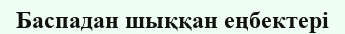
Баспадан шыққан еңбектері